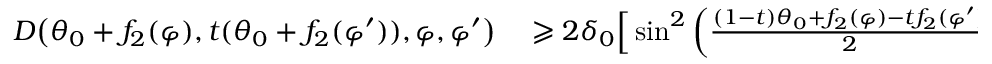
\begin{array} { r l } { D \big ( \theta _ { 0 } + f _ { 2 } ( \varphi ) , t ( \theta _ { 0 } + f _ { 2 } ( \varphi ^ { \prime } ) ) , \varphi , \varphi ^ { \prime } \big ) } & { { } \geqslant 2 \delta _ { 0 } \Big [ \sin ^ { 2 } \left( \frac { ( 1 - t ) \theta _ { 0 } + f _ { 2 } ( \varphi ) - t f _ { 2 } ( \varphi ^ { \prime } ) } { 2 } \right) + \sin \big ( t \, \mathtt { m } _ { \theta _ { 0 } } ( r ) \big ) \sin ^ { 2 } \left( \frac { \varphi - \varphi ^ { \prime } } { 2 } \right) \Big ] } \end{array}